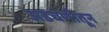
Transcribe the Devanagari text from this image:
अडचणीतून